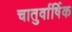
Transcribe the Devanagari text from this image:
चातुर्वार्षिक